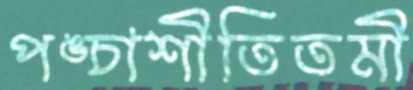
পঙ্চাশীতিতমী